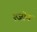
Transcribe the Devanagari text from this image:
एज़ोव